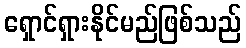
ရှောင်ရှားနိုင်မည်ဖြစ်သည်